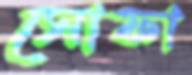
সোফা